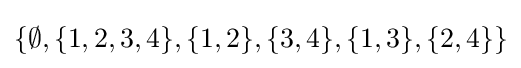
\{\emptyset ,\{1,2,3,4\},\{1,2\},\{3,4\},\{1,3\},\{2,4\}\}